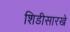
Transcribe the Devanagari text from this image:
शिडीसारखे